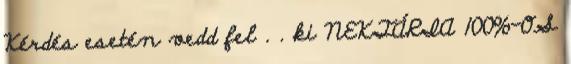
Kérdés esetén vedd fel . . ki NEKTÁRIA 100%-OS